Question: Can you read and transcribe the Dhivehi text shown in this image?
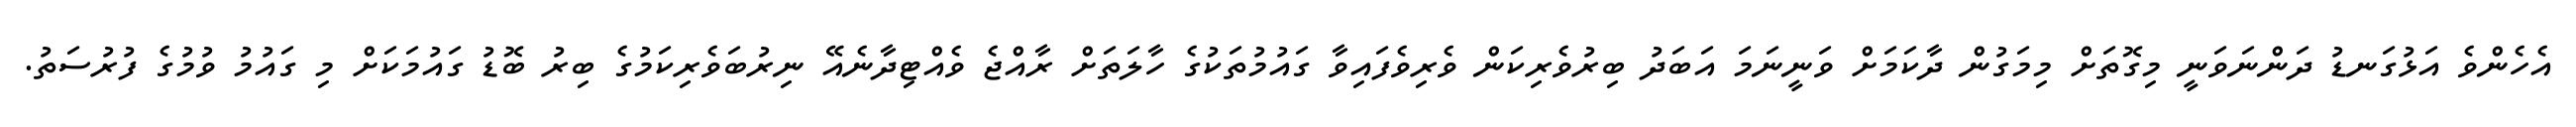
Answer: އެހެންވެ އަޅުގަނޑު ދަންނަވަނީ މިގޮތަށް މިމަގުން ދާކަމަށް ވަނީނަމަ އަބަދު ބިރުވެރިކަން ވެރިވެފައިވާ ގައުމުތަކުގެ ހާލަތަށް ރާއްޖެ ވެއްޓިދާނެއޭ ނިރުބަވެރިކަމުގެ ބިރު ބޮޑު ގައުމަކަށް މި ގައުމު ވުމުގެ ފުރުސަތު.